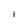
Character: I